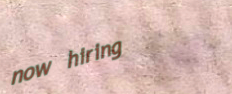
now hiring